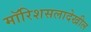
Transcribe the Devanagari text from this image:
मॉरिशसलादेखील